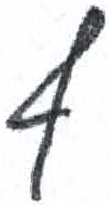
אות: ף